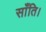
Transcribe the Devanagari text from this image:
साँति।